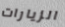
الزيارات